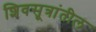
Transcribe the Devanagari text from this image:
शिवसूत्रांतील